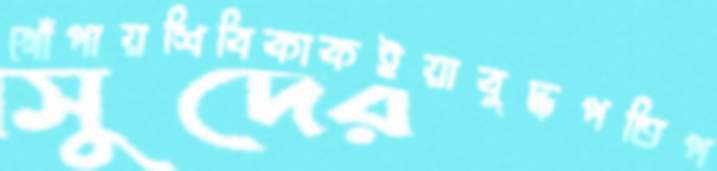
খোঁপায়শিবিকাকইয়াবুদ্ধপতিপ